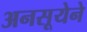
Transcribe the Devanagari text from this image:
अनसूयेने